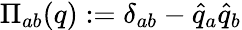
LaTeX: \Pi_{ab}(q):=\delta_{ab}-\widehat{q}_{a}\widehat{q}_{b}